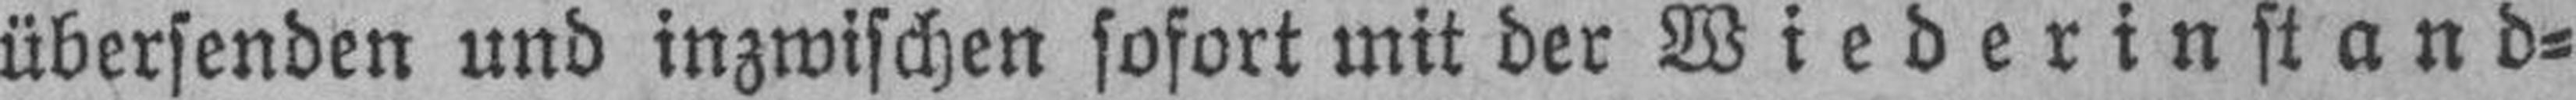
übersenden und inzwischen sofort mit der Wiederinstand¬